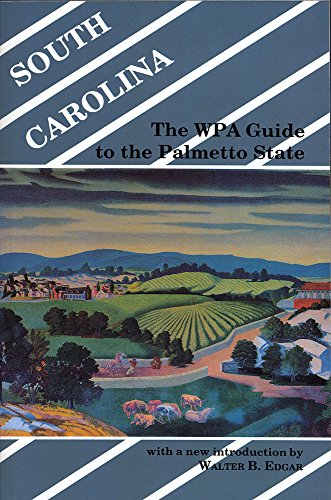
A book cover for South Carolina: The WPA Guide to the Palmetto State; Travel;